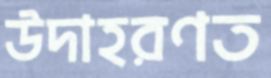
উদাহরণত